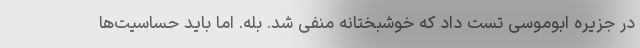
در جزیره ابوموسی تست داد که خوشبختانه منفی شد. بله. اما باید حساسیت‌ها